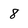
Character: 8